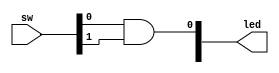
`timescale 1ns / 1ps
//////////////////////////////////////////////////////////////////////////////////
// Company: 
// Engineer: 
// 
// Design Name: 
// Module Name: and_gate
// Project Name: 
// Target Devices: 
// Tool Versions: 
// Description: 
// 
// Dependencies: 
// 
// Revision:
// Revision 0.01 - File Created
// Additional Comments:
// 
//////////////////////////////////////////////////////////////////////////////////


module and_gate(
sw, led
    );
    
    input [1:0]sw;
    
    output [3:0] led;
    assign led[0] = sw[0] & sw[1];
endmodule